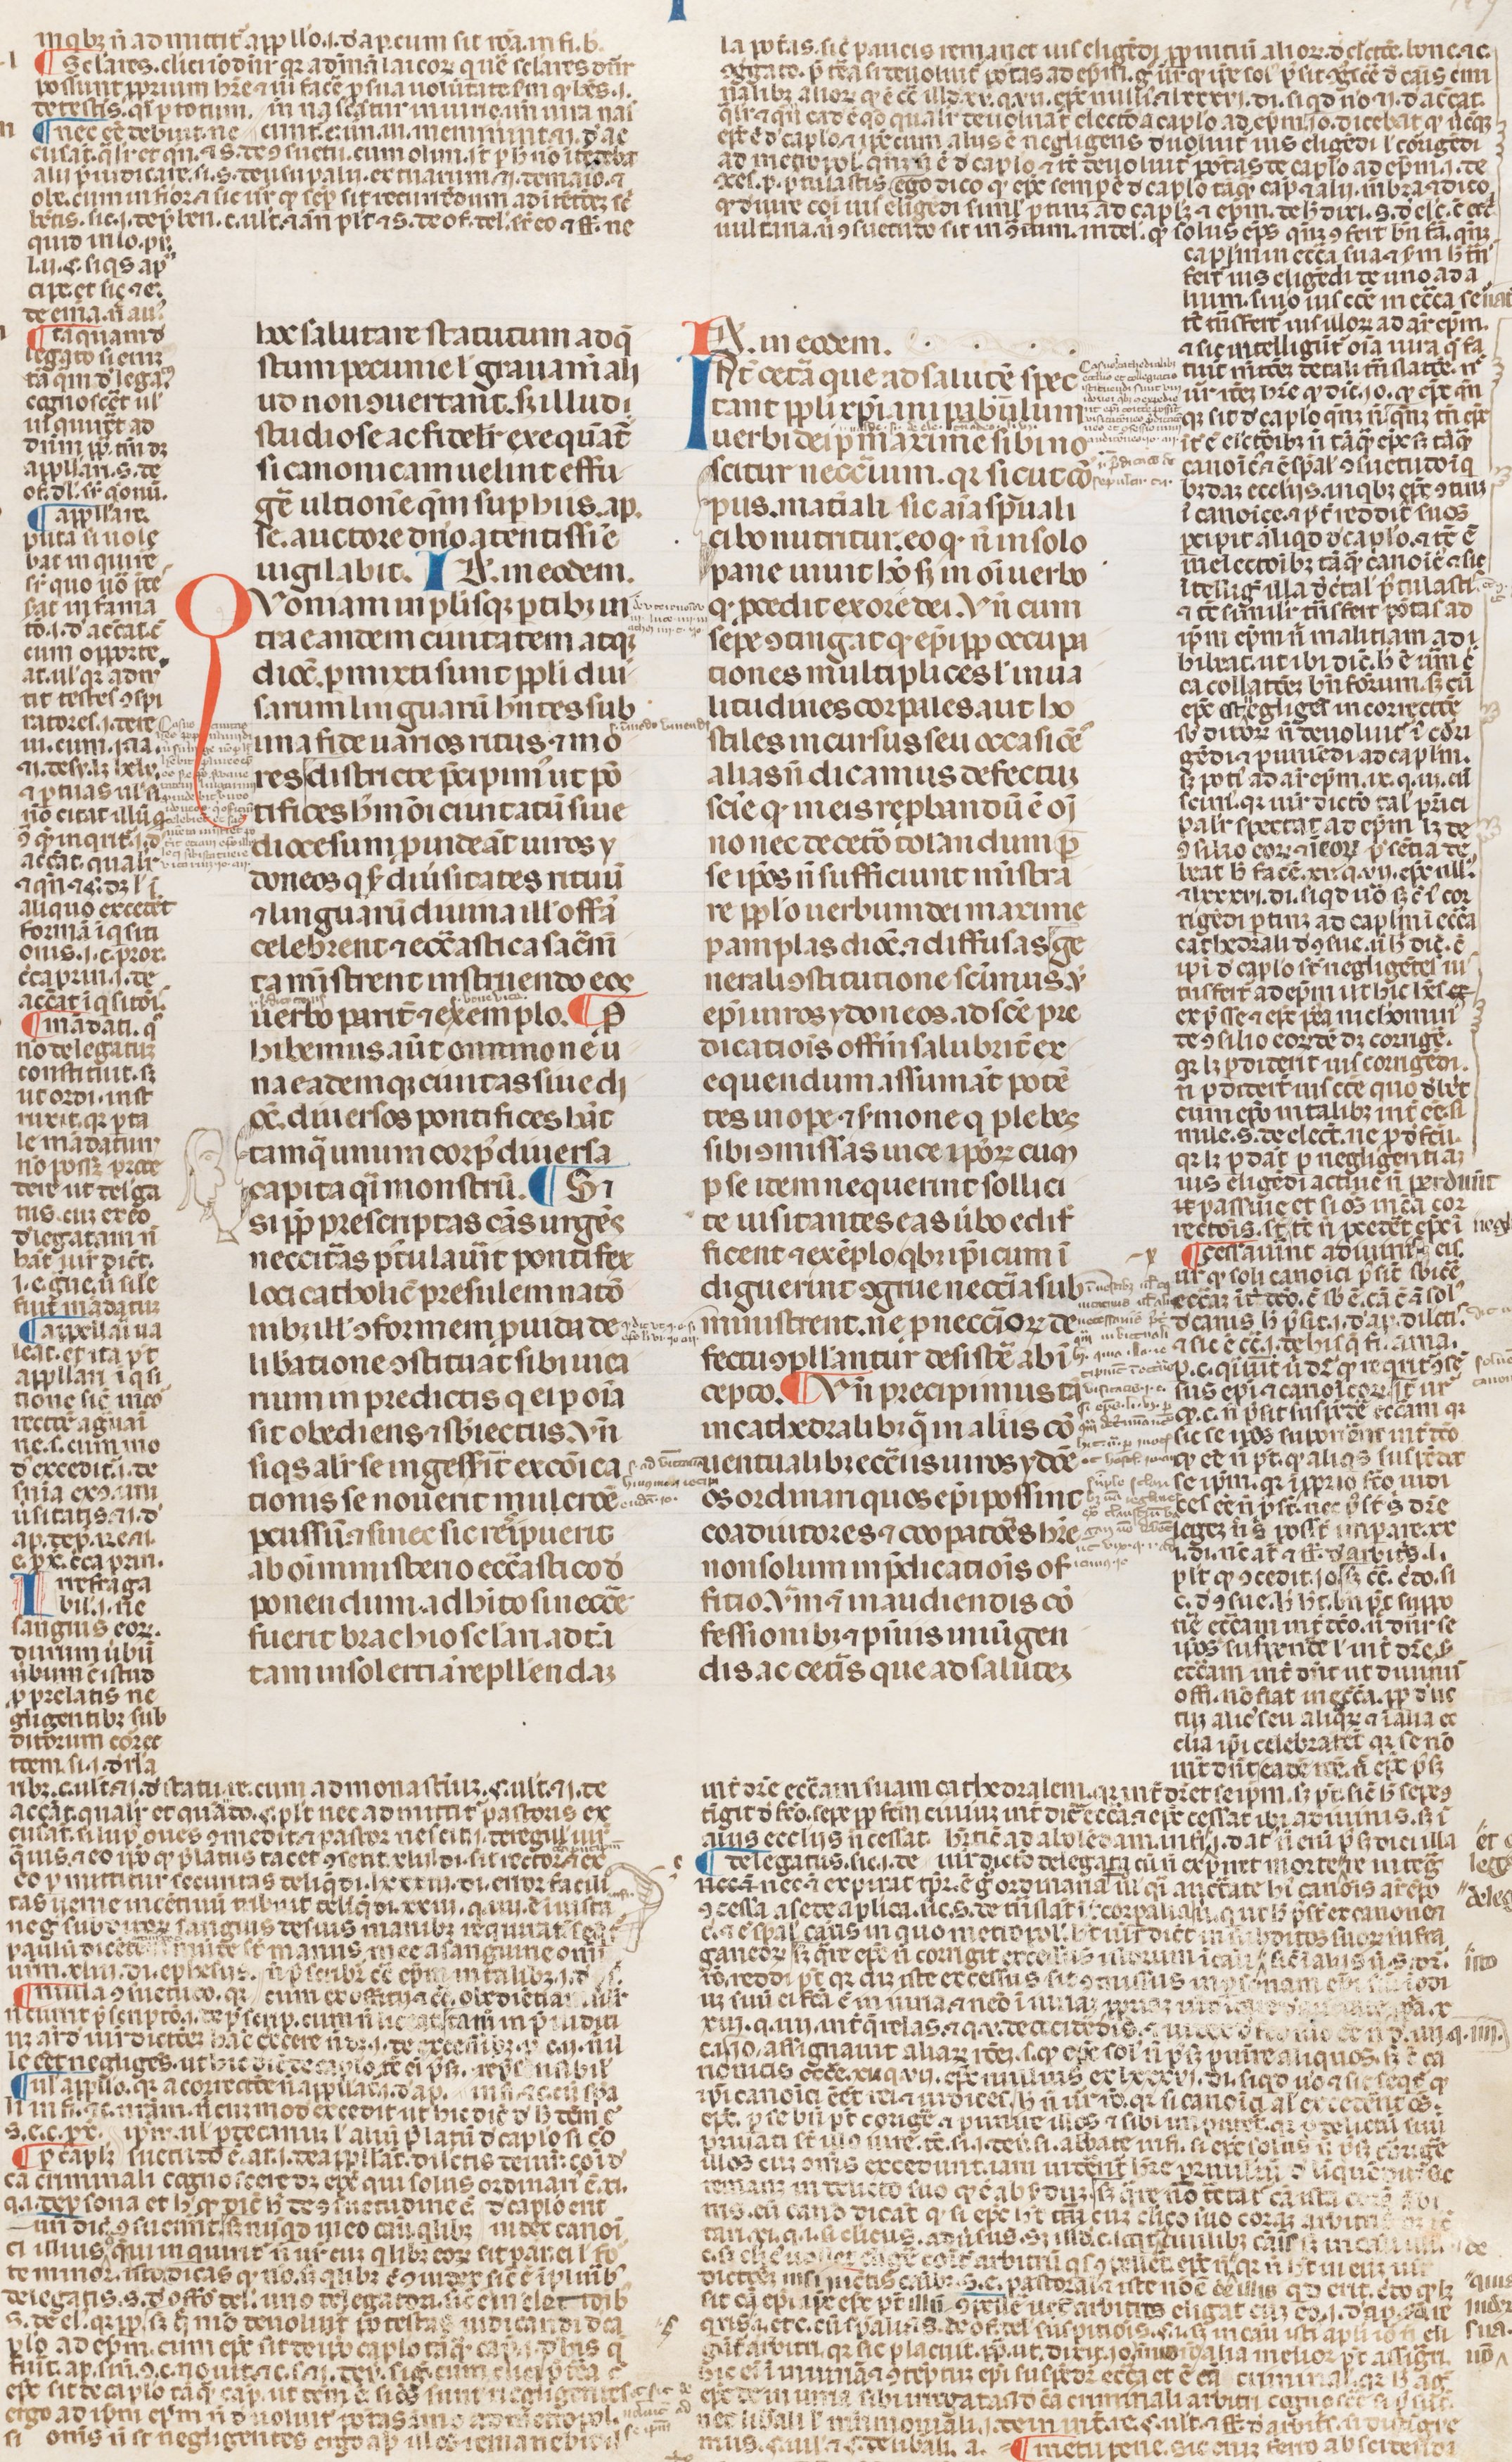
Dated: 1250–1399